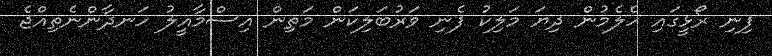
ފިނި ރޯޅީގައި ހެލެމުން ދިޔަ މަލިކު ފެނި ވަރުބަލިކަން މަތިން އިސްމާއީލު ހަނދާންނެތިއްޖެ